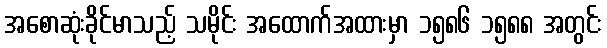
အစောဆုံးခိုင်မာသည့် သမိုင်း အထောက်အထားမှာ ၁၅၈၆ ၁၅၈၈ အတွင်း